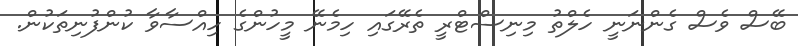
ބޭސް ވެސް ގެންނަނީ ހެލްތު މިނިސްޓްރީ ތެރޭގައި ހިމެނޭ މީހުންގެ ހިއްސާވާ ކުންފުނިތަކުން.